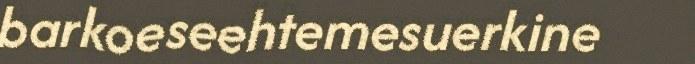
barkoeseehtemesuerkine